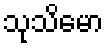
သုသိမော